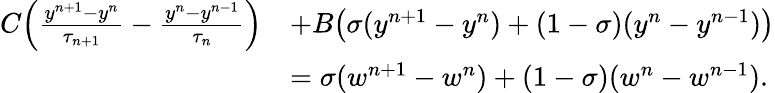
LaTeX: \begin{array}{rl}{C\Big(\frac{y^{n+1}-y^{n}}{\tau_{n+1}}-\frac{y^{n}-y^{n-1}}{\tau_{n}}\Big)}&{+B\big(\sigma(y^{n+1}-y^{n})+(1-\sigma)(y^{n}-y^{n-1})\big)}\\ &{=\sigma(w^{n+1}-w^{n})+(1-\sigma)(w^{n}-w^{n-1}).}\end{array}